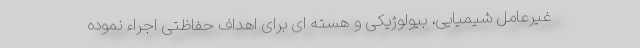
غیرعامل شیمیایی، بیولوژیکی و هسته ای برای اهداف حفاظتی اجراء نموده